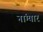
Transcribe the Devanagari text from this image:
नांग्यार